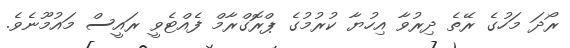
ރޯދަ މަހުގެ ރޭތެ ދިރުވާ އިހުޔާ ކުރުމުގެ ޕްރޮގްރާމް ފެއްޓެވީ ރައީސް މައުމޫނެވެ.